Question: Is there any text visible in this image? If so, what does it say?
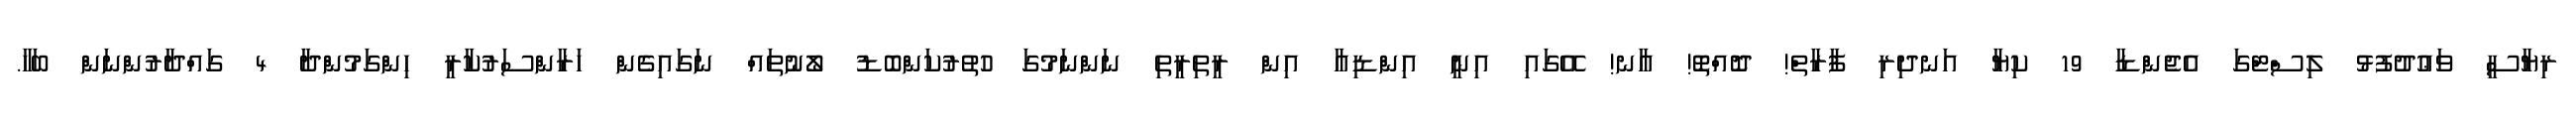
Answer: ރިޔާސީ ވަޢުދުފުޅު ލިސްޓްގަ އެޖެންޑާ 19 ކިޔާ އަނދިރި ފާރާތް! ދޮއްތޮ! އާނ! އޭގައި އިނީ އިންޑިއާ އިން ރީތިރީތި ނަންނަމުގަ ހުތުރުކަންބޮޑު ލޯނުތައް ނަގައިގެން ހަރާންސަރުކާރީ ހިންގަމުންދާ 4 ގައްދާރުންނަން ބަހާ.